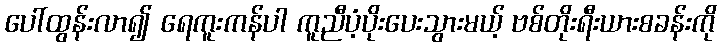
ပေါ်ထွန်းလာ၍ ရေကူးကန်ပါ ကူညီပံ့ပိုးပေးသွားမယ့် ဗစ်တိုးရီးယားစခန်းကို